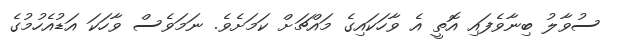
ސުވާލު ބިނާވެފައި އޮތީ އެ ވާހަކައިގެ މައްޗަށް ކަަމަށެވެ. ނަމަވެސް ވާހަކަ އަޑުއެހުމުގެ